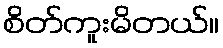
စိတ်ကူးမိတယ်။